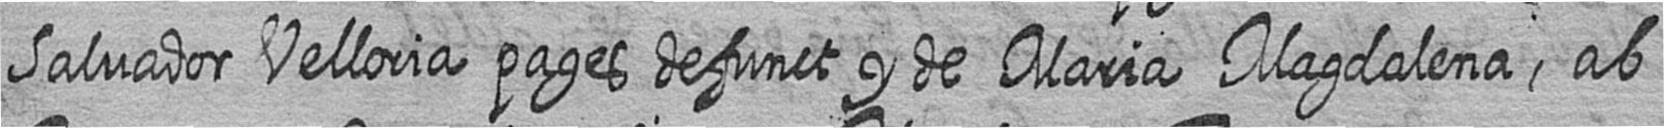
Salvador Velloria pages defunct y de Maria Magdalena ab